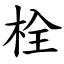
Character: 栓